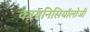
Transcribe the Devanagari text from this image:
कायनिसियॉलोजी